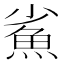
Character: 𩵮